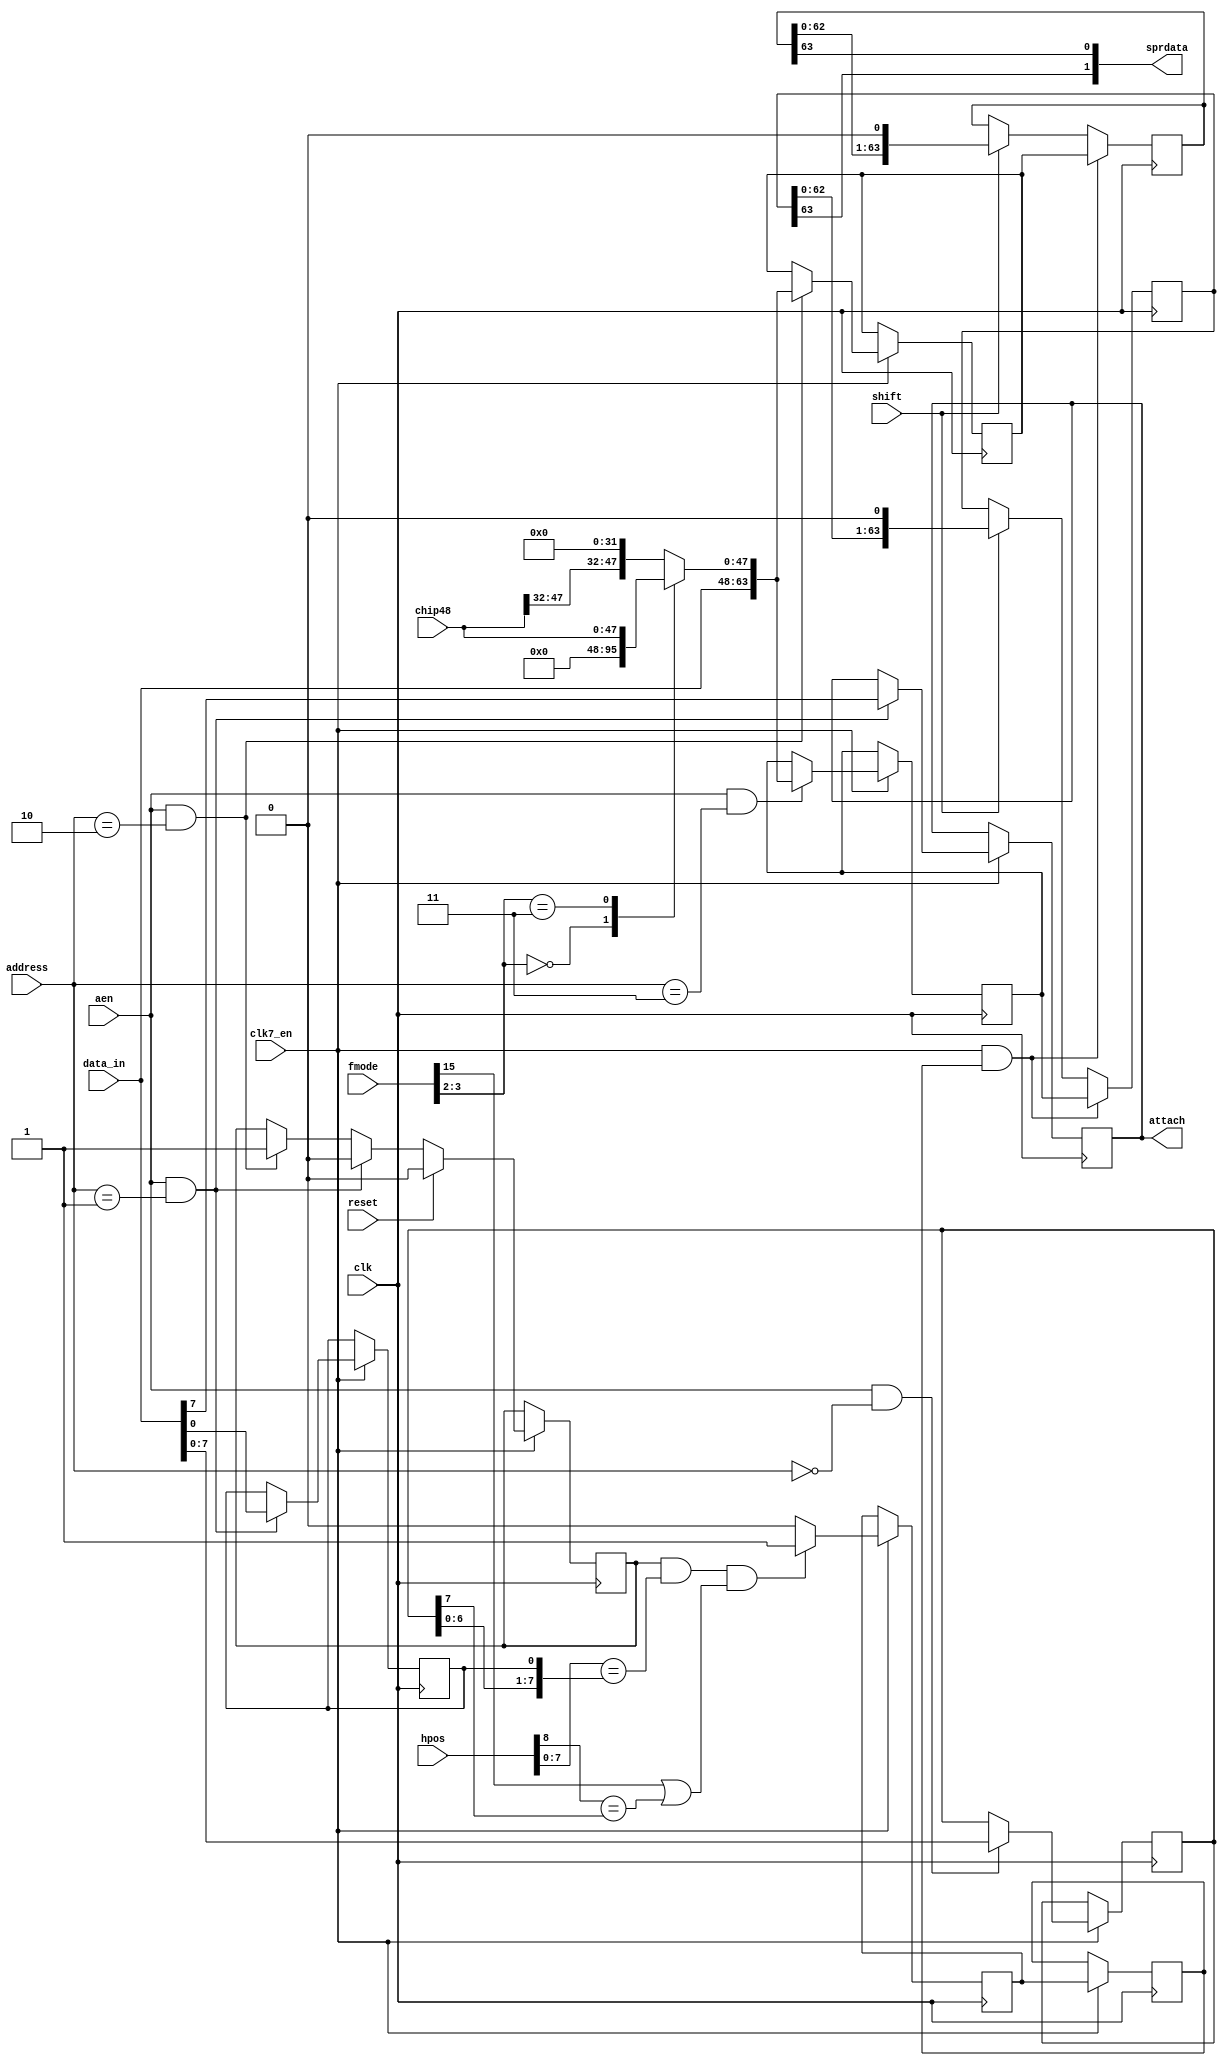
// this is the sprite parallel to serial converter
// clk is 7.09379 MHz (low resolution pixel clock)
// the sprdata assign circuitry is constructed differently from the hardware
// as described  in the amiga hardware reference manual
// this is to make sure that the horizontal start position of a sprite
// aligns with the bitplane/playfield start position


module denise_sprites_shifter
(
  input   clk,          // 28MHz clock
  input clk7_en,
  input   reset,            // reset
  input  aen,          // address enable
  input  [1:0] address,         // register address input
  input  [8:0] hpos,        // horizontal beam counter
  input [15:0] fmode,
  input shift,
  input [48-1:0] chip48,
  input   [15:0] data_in,     // bus data in
  output  [1:0] sprdata,      // serialized sprite data out
  output  reg attach        // sprite is attached
);

// register names and adresses
parameter POS  = 2'b00;
parameter CTL  = 2'b01;
parameter DATA = 2'b10;
parameter DATB = 2'b11;

// local signals
reg    [63:0] datla;    // data register A
reg    [63:0] datlb;    // data register B
reg    [63:0] shifta;    // shift register A
reg    [63:0] shiftb;    // shift register B
reg    [8:0] hstart;    // horizontal start value
reg    armed;        // sprite "armed" signal
reg    load;        // load shift register signal
reg    load_del;

//--------------------------------------------------------------------------------------

// switch data according to fmode
reg  [64-1:0] spr_fmode_dat;

always @ (*) begin
  case(fmode[3:2])
    2'b00   : spr_fmode_dat = {data_in, 48'h000000000000};
    2'b11   : spr_fmode_dat = {data_in, chip48[47:0]};
    default : spr_fmode_dat = {data_in, chip48[47:32], 32'h00000000};
  endcase
end

// generate armed signal
always @(posedge clk)
  if (clk7_en) begin
    if (reset) // reset disables sprite
      armed <= 0;
    else if (aen && address==CTL) // writing CTL register disables sprite
      armed <= 0;
    else if (aen && address==DATA) // writing data register A arms sprite
      armed <= 1;
  end

//--------------------------------------------------------------------------------------

// generate load signal
always @(posedge clk)
  if (clk7_en) begin
    load <= armed && (hpos[7:0] == hstart[7:0]) && (fmode[15] || (hpos[8] == hstart[8])) ? 1'b1 : 1'b0;
  end

always @(posedge clk)
  if (clk7_en) begin
    load_del <= load;
  end

//--------------------------------------------------------------------------------------

// POS register
always @(posedge clk)
  if (clk7_en) begin
    if (aen && address==POS)
      hstart[8:1] <= data_in[7:0];
  end

// CTL register
always @(posedge clk)
  if (clk7_en) begin
    if (aen && address==CTL)
      {attach,hstart[0]} <= {data_in[7],data_in[0]};
  end

// data register A
always @(posedge clk)
  if (clk7_en) begin
    if (aen && address==DATA)
      datla[63:0] <= spr_fmode_dat;
  end

// data register B
always @(posedge clk)
  if (clk7_en) begin
    if (aen && address==DATB)
      datlb[63:0] <= spr_fmode_dat;
  end

//--------------------------------------------------------------------------------------

// sprite shift register
always @(posedge clk)
  if (clk7_en && load_del) // load new data into shift register
  begin
    shifta[63:0] <= datla[63:0];
    shiftb[63:0] <= datlb[63:0];
  end
  else if (shift)
  begin
    shifta[63:0] <= {shifta[62:0],1'b0};
    shiftb[63:0] <= {shiftb[62:0],1'b0};
  end

// assign serialized output data
assign sprdata[1:0] = {shiftb[63],shifta[63]};

//--------------------------------------------------------------------------------------

endmodule